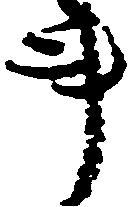
事